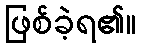
ဖြစ်ခဲ့ရ၏။